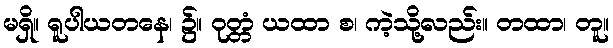
မရှိ။ ရူပါယတနေ၊ ၌။ ဝုတ္တံ ယထာ စ၊ ကဲ့သို့လည်း။ တထာ၊ တူ။